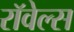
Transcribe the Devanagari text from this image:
रॉवेल्स